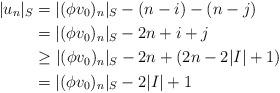
LaTeX: \begin{align*} \lvert u_n\rvert_S &=\lvert(\phi v_0)_n\rvert_S-(n-i)-(n-j)\\&=\lvert(\phi v_0)_n\rvert_S-2n+i+j\\&\geq \lvert(\phi v_0)_n\rvert_S-2n+(2n-2\lvert I\rvert+1)\\&=\lvert(\phi v_0)_n\rvert_S-2\lvert I\rvert+1 \end{align*}